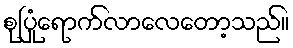
စုပြုံရောက်လာလေတော့သည်။